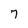
Character: 7